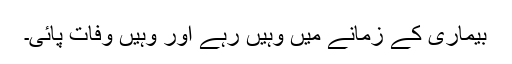
بیماری کے زمانے میں وہیں رہے اور وہیں وفات پائی۔